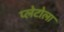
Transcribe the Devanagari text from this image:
प्लेटोला